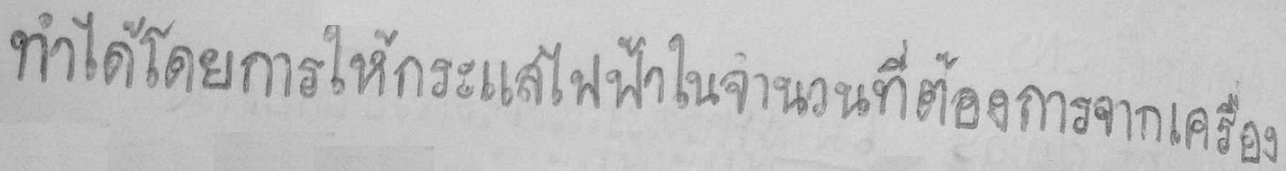
ทำได้โดยการให้กระแสไฟฟ้าในจำนวนที่ต้องการจากเครื่อง